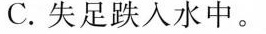
C.失足跌入水中。